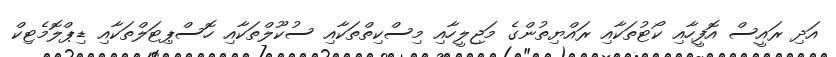
އަދި ރައީސް އޮފީހާއި ކޯޓުތަކާއި ރައްޔިތުންގެ މަޖިލީހާއި މިސްކިތްތަކާއި ސުކޫލްތަކާއި ހޮސްޕިޓަލްތަކާއި ޑިޕްލޮމެޓިކް